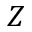
Z